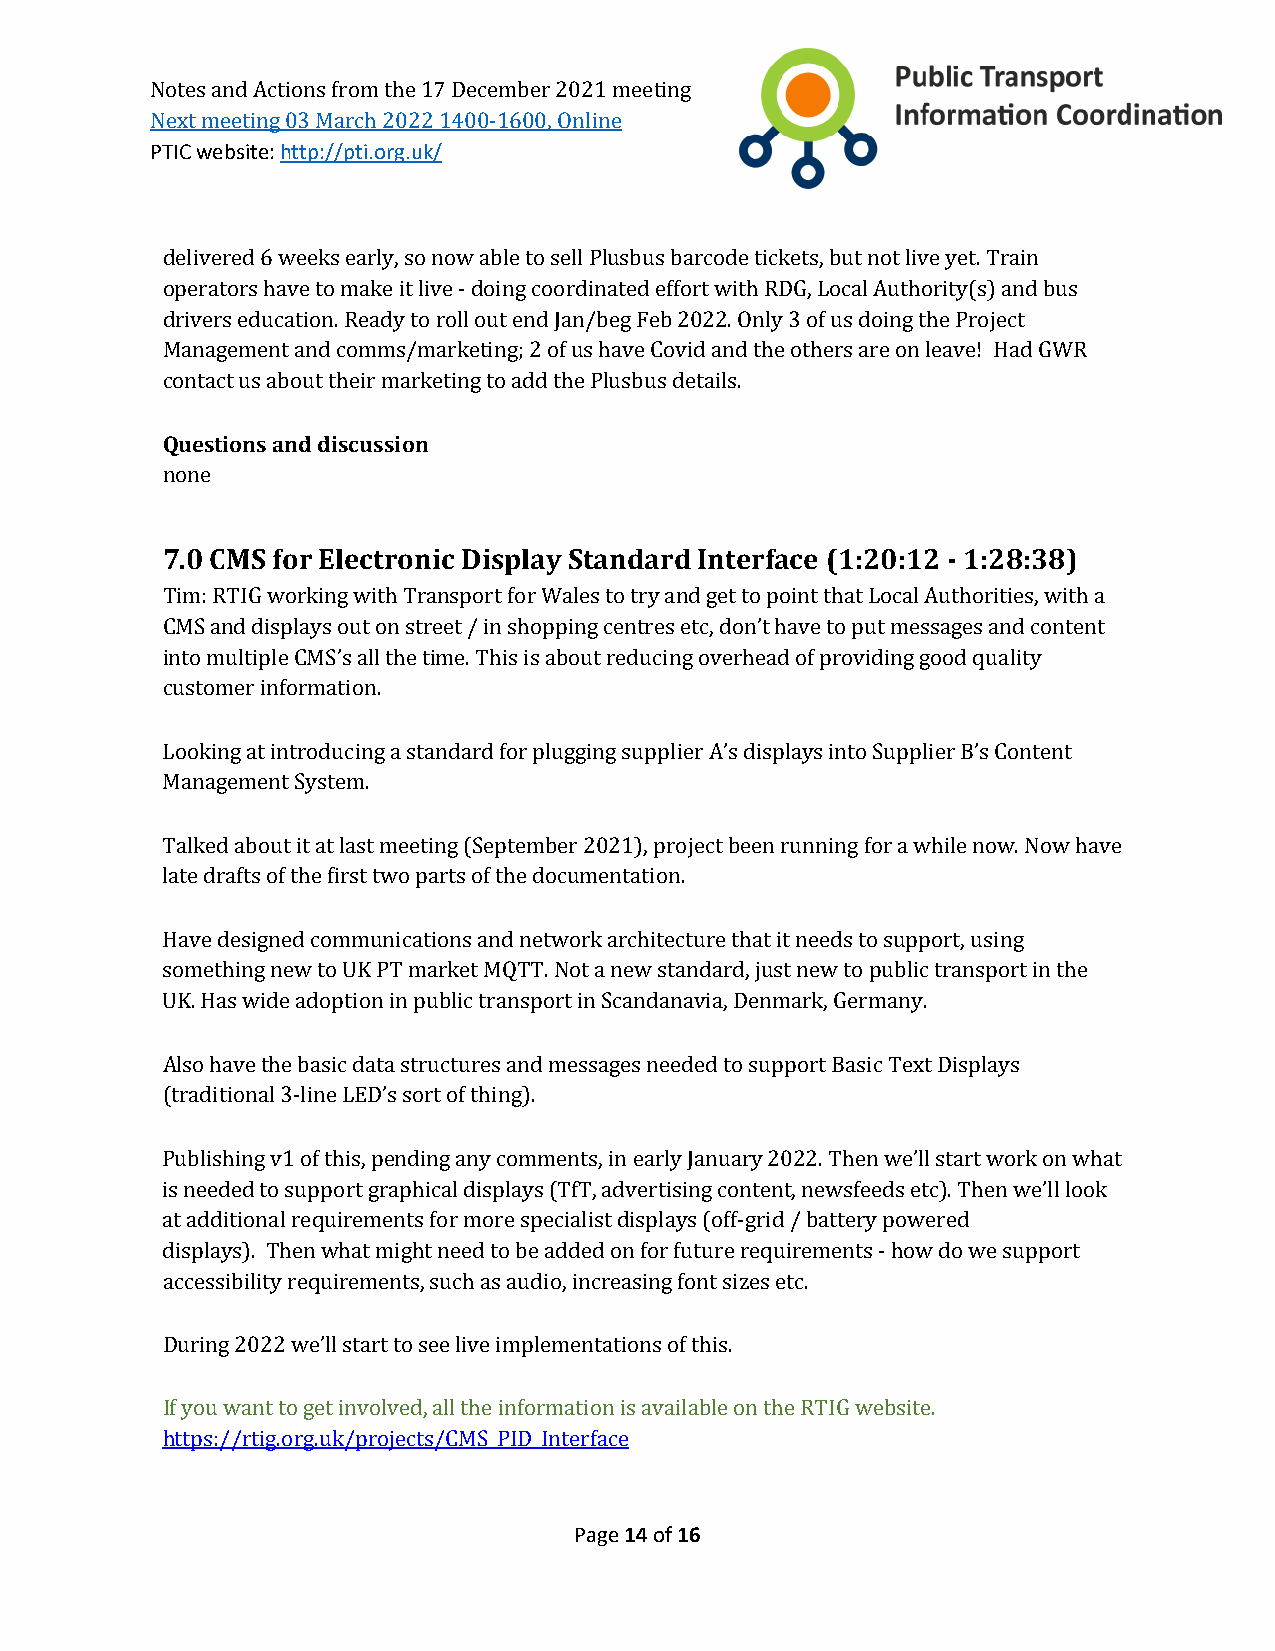
Notes and Actions from the 17 December 2021 meeting
 PTIC website: http://pti.org.uk/
 Next meeting 03 March 2022 1400-1600, Online
 delivered 6 weeks early, so now able to sell Plusbus barcode tickets, but not live yet. Train
 operators have to make it live - doing coordinated effort with RDG, Local Authority(s) and bus
 drivers education. Ready to roll out end Jan/beg Feb 2022. Only 3 of us doing the Project
 Management and comms/marketing; 2 of us have Covid and the others are on leave! Had GWR
 contact us about their marketing to add the Plusbus details.
 Questions and discussion
 none
 7.0 CMS for Electronic Display Standard Interface (1:20:12 - 1:28:38)
 Tim: RTIG working with Transport for Wales to try and get to point that Local Authorities, with a
 CMS and displays out on street / in shopping centres etc, don’t have to put messages and content
 into multiple CMS’s all the time. This is about reducing overhead of providing good quality
 customer information.
 Looking at introducing a standard for plugging supplier A’s displays into Supplier B’s Content
 Management System.
 Talked about it at last meeting (September 2021), project been running for a while now. Now have
 late drafts of the first two parts of the documentation.
 Have designed communications and network architecture that it needs to support, using
 something new to UK PT market MQTT. Not a new standard, just new to public transport in the
 UK. Has wide adoption in public transport in Scandanavia, Denmark, Germany.
 Also have the basic data structures and messages needed to support Basic Text Displays
 (traditional 3-line LED’s sort of thing).
 Publishing v1 of this, pending any comments, in early January 2022. Then we’ll start work on what
 is needed to support graphical displays (TfT, advertising content, newsfeeds etc). Then we’ll look
 at additional requirements for more specialist displays (off-grid / battery powered
 displays). Then what might need to be added on for future requirements - how do we support
 accessibility requirements, such as audio, increasing font sizes etc.
 During 2022 we’ll start to see live implementations of this.
 If you want to get involved, all the information is available on the RTIG website.
 https://rtig.org.uk/projects/CMS_PID_Interface
 Page 14 of 16